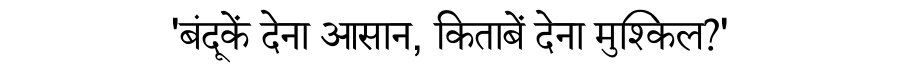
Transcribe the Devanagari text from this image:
'बंदूकें देना आसान, किताबें देना मुश्किल?'